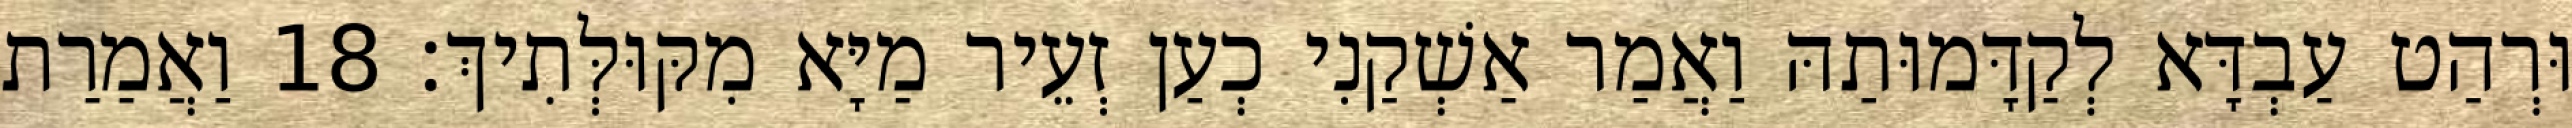
וּרְהַט עַבְדָּא לְקַדָּמוּתַהּ וַאֲמַר אַשְׁקַנִי כְעַן זְעֵיר מַיָּא מִקּוּלְּתִיךְ׃ 18 וַאֲמַרַת